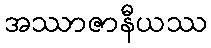
အဿာဇာနီယဿ